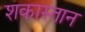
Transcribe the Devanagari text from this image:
शकास्तान